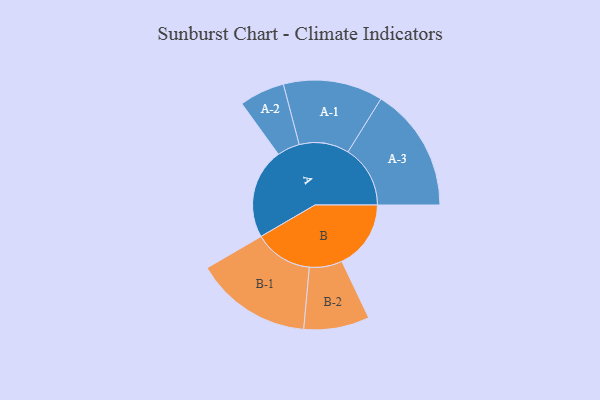
{"axis": {"x": "Segment", "y": "Value"}, "legend": ["", "A", "B"], "data": [{"x": "A", "y": 399, "type": ""}, {"x": "B", "y": 305, "type": ""}, {"x": "A-1", "y": 220, "type": "A"}, {"x": "A-2", "y": 100, "type": "A"}, {"x": "A-3", "y": 275, "type": "A"}, {"x": "B-1", "y": 258, "type": "B"}, {"x": "B-2", "y": 145, "type": "B"}]}